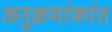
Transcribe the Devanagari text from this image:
अनुक्रमांकांत